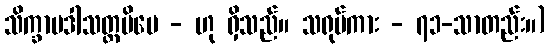
သိက္ခာပဒါသတ္တမိမေ - ဟု ရှိသည်။ သရုပ်ကား - ၇၁-သာတည်း။)